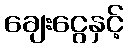
ချေးငွေနှင့်